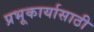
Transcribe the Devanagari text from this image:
प्रभूकार्यासाठी